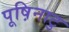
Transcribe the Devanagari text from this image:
पूष़िनाटु